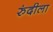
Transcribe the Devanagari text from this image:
रुंदीला